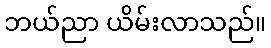
ဘယ်ညာ ယိမ်းလာသည်။